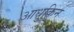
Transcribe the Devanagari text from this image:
आधुकिन